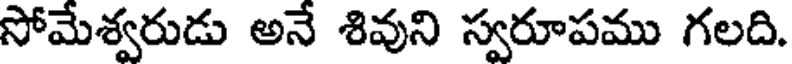
సోమేశ్వరుడు అనే శివుని స్వరూపము గలది.